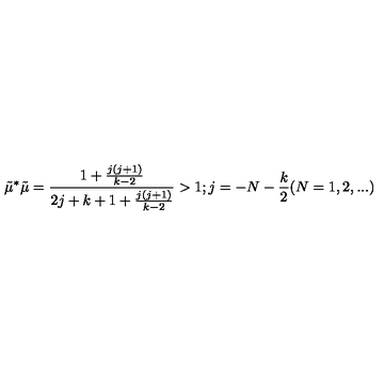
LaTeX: \tilde { \mu } ^ { * } \tilde { \mu } = \frac { 1 + \frac { j ( j + 1 ) } { k - 2 } } { 2 j + k + 1 + \frac { j ( j + 1 ) } { k - 2 } } > 1 ; j = - N - \frac { k } { 2 } ( N = { 1 , 2 , . . . } )